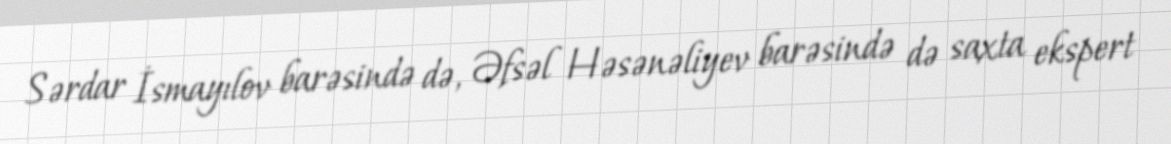
Sərdar İsmayılov barəsində də, Əfsəl Həsənəliyev barəsində də saxta ekspert